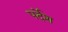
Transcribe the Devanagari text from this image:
पर्देश